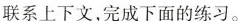
联系上下文，完成下面的练习。